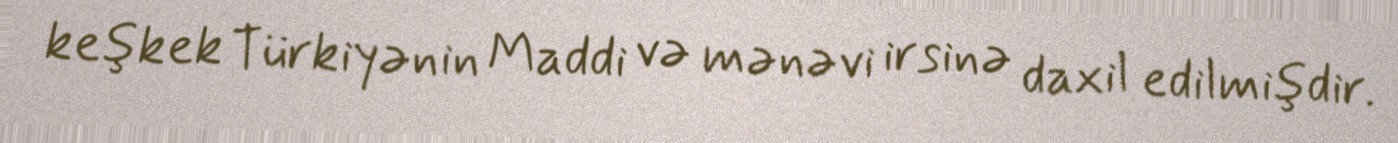
keşkek Türkiyənin Maddi və mənəvi irsinə daxil edilmişdir.